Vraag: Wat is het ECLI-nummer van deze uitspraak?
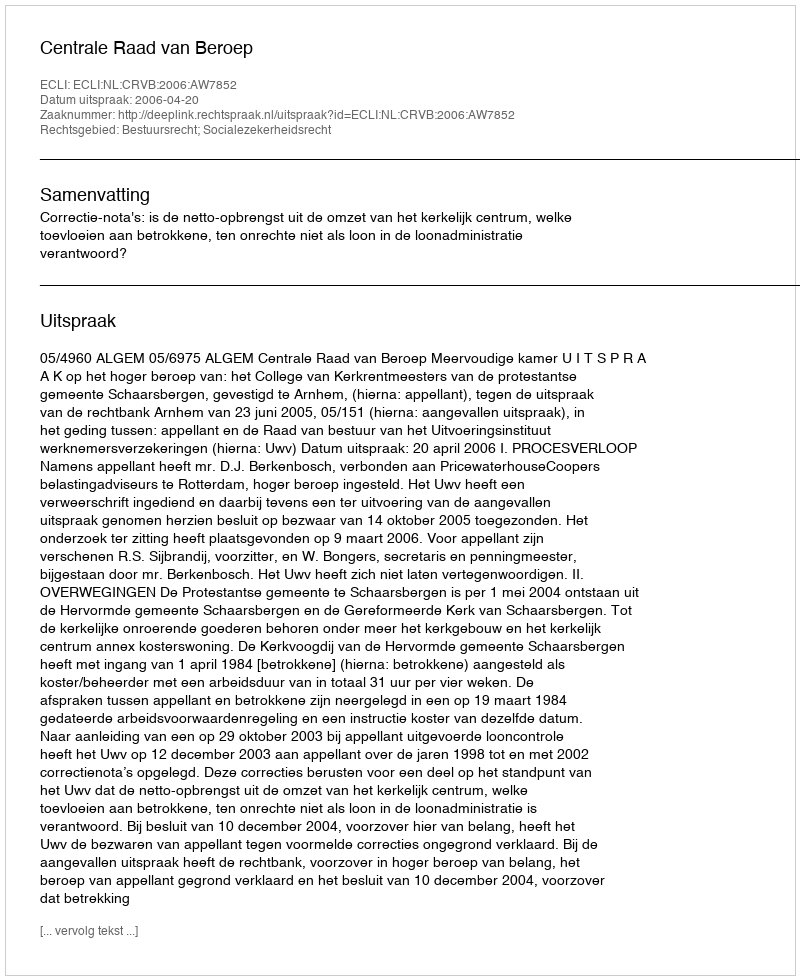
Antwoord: ECLI:NL:CRVB:2006:AW7852